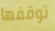
توقفها